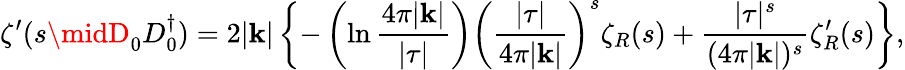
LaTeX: \zeta^{\prime}(s\midD_{0}D_{0}^{\dagger})=2|\mathbf{k}|\left\{ -\left(\ln\frac{{4\pi|\mathbf{k}|}}{{|\tau|}}\right)\left(\frac{{|\tau|}}{{4\pi|\mathbf{k}|}}\right)^{s}\zeta_{R}(s)+\frac{{|\tau|^{s}}}{{(4\pi|\mathbf{k}|)^{s}}}\zeta_{R}^{\prime}(s)\right\} ,